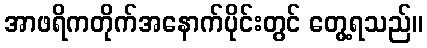
အာဖရိကတိုက်အနောက်ပိုင်းတွင် တွေ့ရသည်။